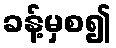
ခန့်မှစ၍